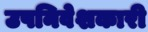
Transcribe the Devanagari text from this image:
उपनिवेशकारी